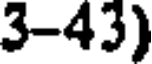
3-43)